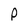
Character: P